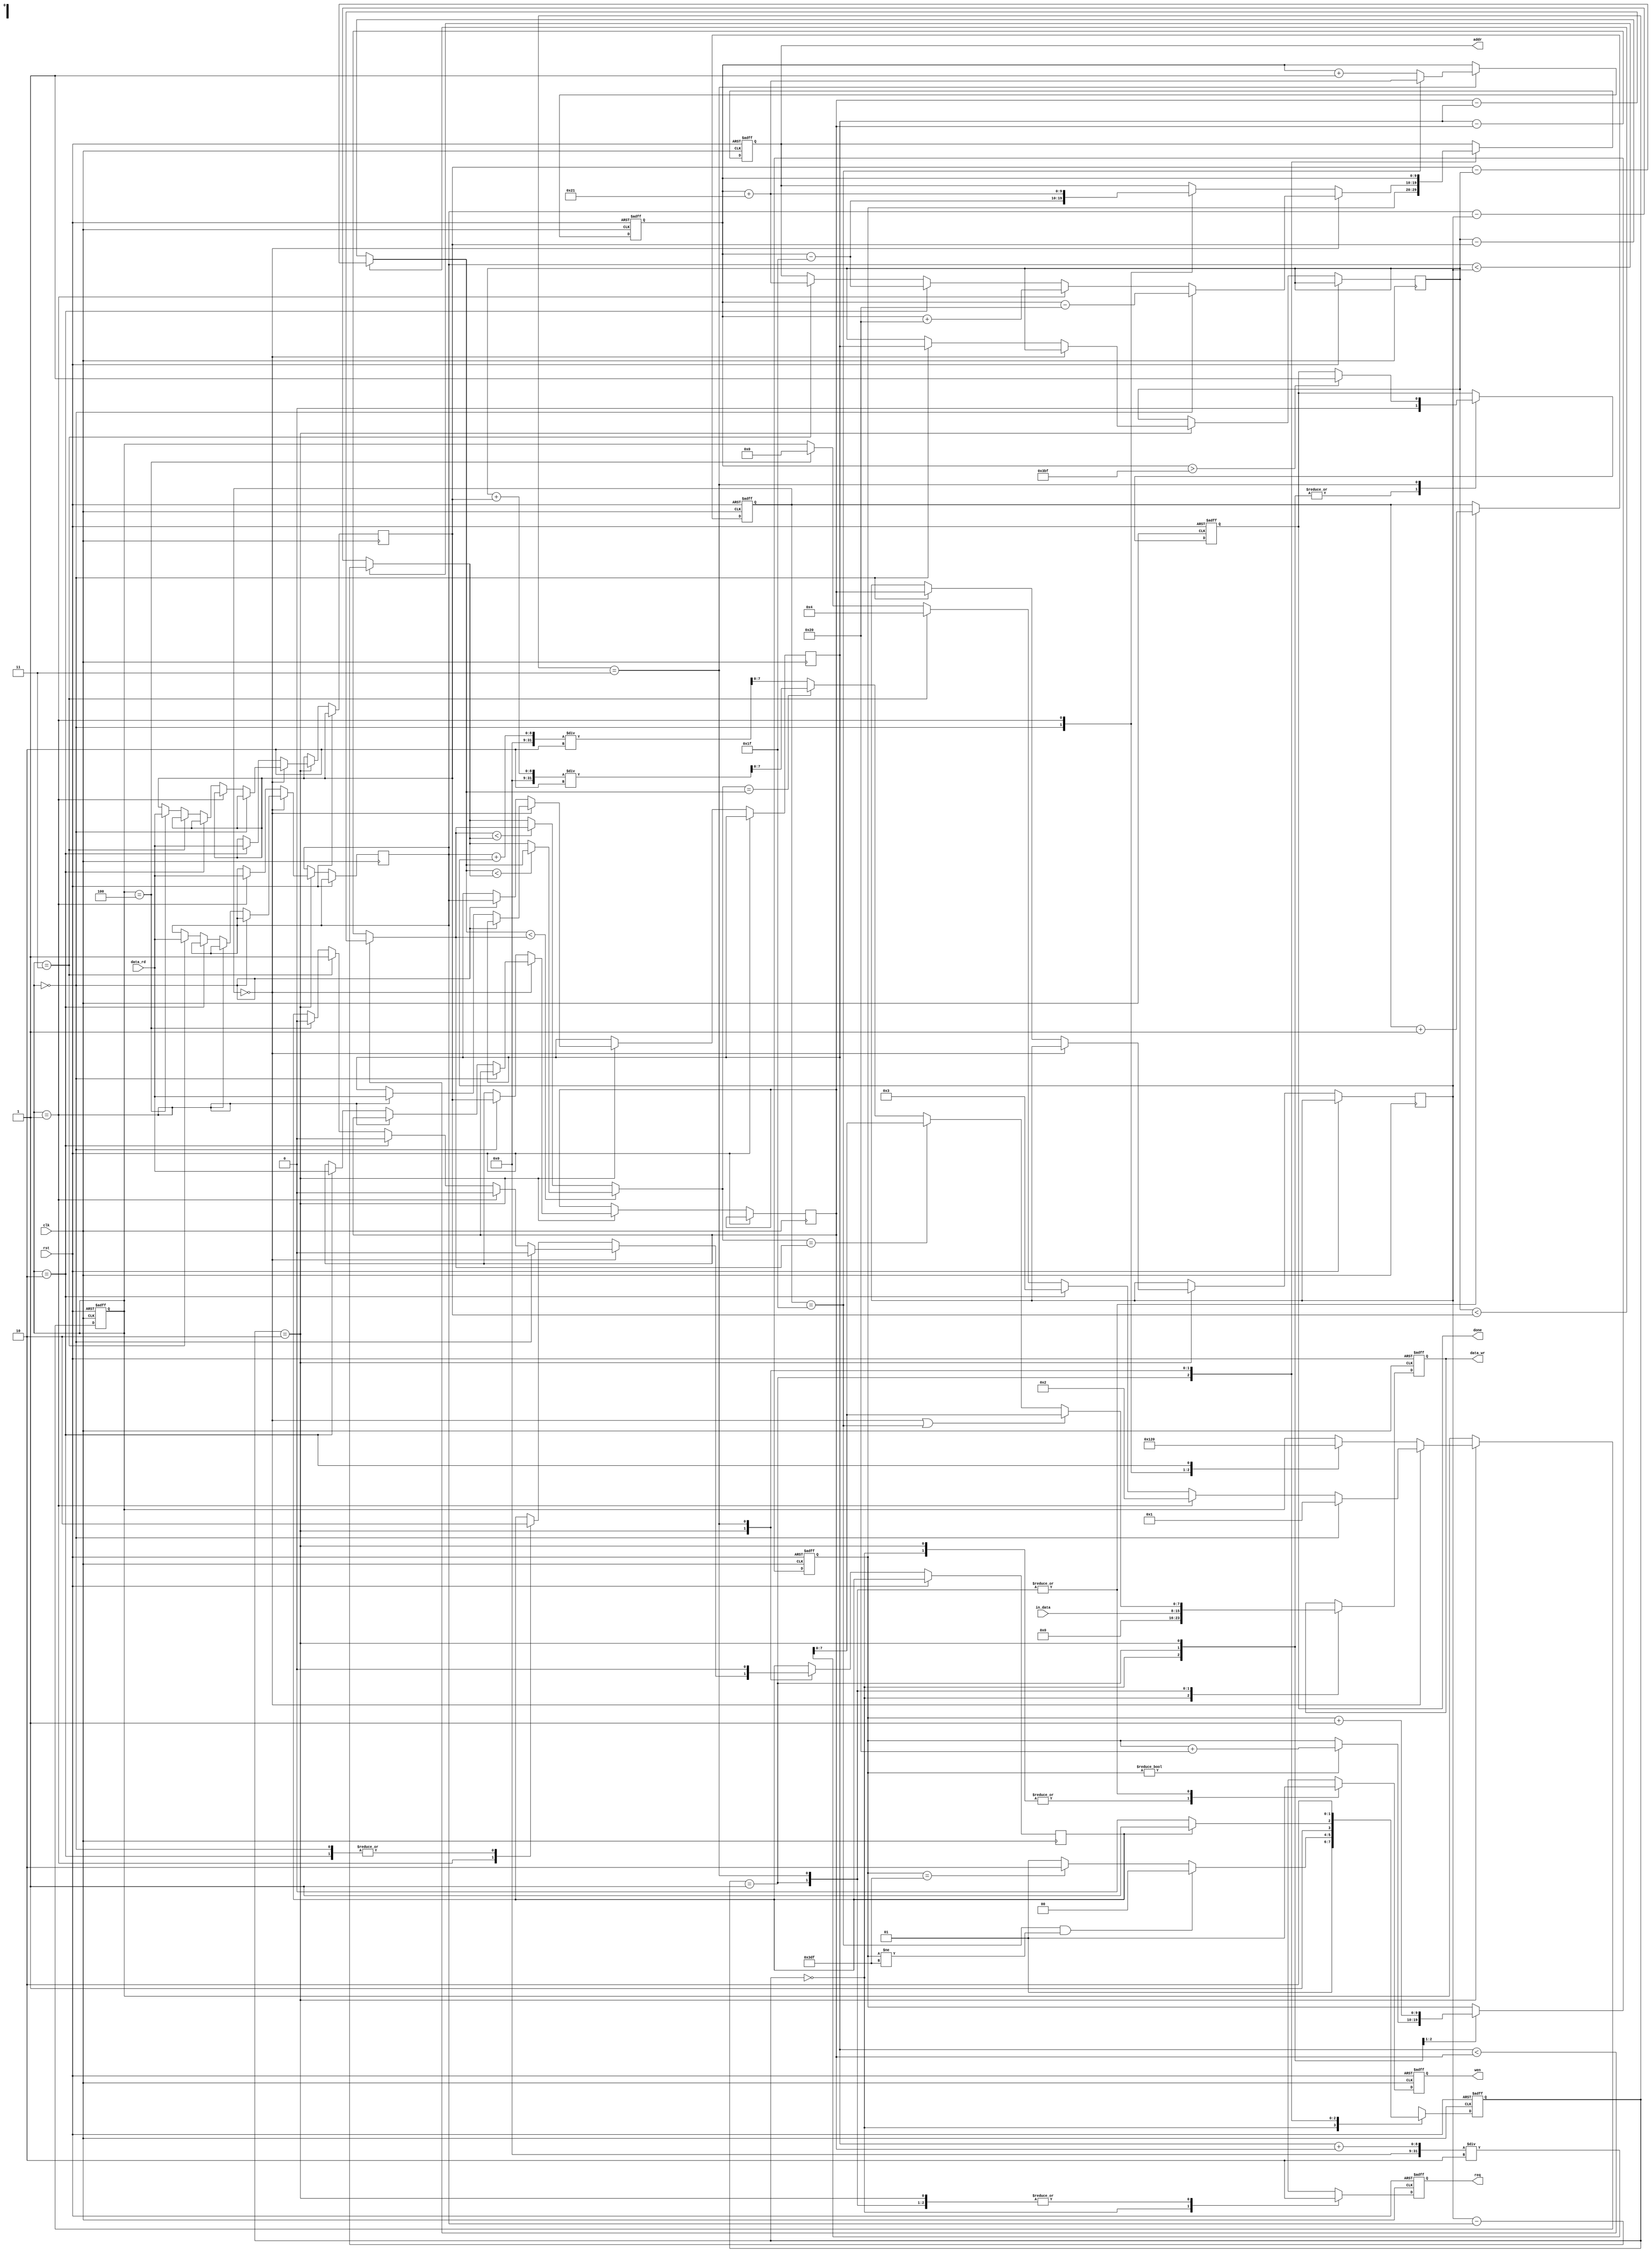
`timescale 1ns/10ps

module ELA(clk, rst, in_data, data_rd, req, wen, addr, data_wr, done);

	input				clk;
	input				rst;
	input		[7:0]	in_data;
	input		[7:0]	data_rd;
	output				req;
	output				wen;
	output		[9:0]	addr;
	output		[7:0]	data_wr;
	output				done;

	reg ready, req, wen, done;

	reg [3:0] save_num;
	reg [4:0] count;
	reg [7:0] data_wr, a, b, c, d, e, f, d1, d2, d3, min, result;
	reg [9:0] addr, addr_count, addr_read;
	reg [1:0] currentstate, nextstate;

	parameter [1:0] req_high = 0, save_data = 1, read_data = 2, output_data = 3;
	
	always @(posedge clk or posedge rst) begin
		if (rst) begin
			currentstate <= req_high;
		end
		else begin
			currentstate <= nextstate;
		end
	end
	always @(*) begin
		case(currentstate)
			req_high: begin
				nextstate = save_data;
			end
			save_data: begin
				if(count == 31 && addr_count != 991)
					nextstate = req_high;
				else if (addr_count == 991)
					nextstate = read_data;
				else
					nextstate = save_data;
			end
			read_data: begin
				if (ready==1) begin
					nextstate = output_data;
				end
				else
					nextstate = read_data;
			end
			output_data:begin
				nextstate = read_data;
			end
		endcase

	end

	always @(posedge clk or posedge rst) begin
		if (rst) begin
			req <= 1'b0;
			wen <= 1'b0;
			done <= 1'b0;
			addr <= 10'b0;
			count <= 4'b0;
			save_num <= 0;
			addr_count <= 10'b0;
			addr_read <= 10'd32;
			data_wr <= 8'b0;
		end
		else begin
			case(currentstate)
				req_high: begin
					req <= 1'b1;
					wen <= 1'b0;
					done <= 1'b0;
					data_wr <= 8'b0;
					if(addr_count!=0)
						addr_count <= addr_count + 32;
				end
				save_data: begin
					req <= 1'b0;
					wen <= 1'b1;
					done <= 1'b0;
					data_wr <= in_data;
					addr <= addr_count;
					addr_count <= addr_count + 1;
					count <= count + 1;
				end
				read_data: begin
					wen <= 1'b0;
					req <= 1'b0;
					done <= 1'b0;
					if(count == 0) begin
						if (save_num == 0) begin
							ready <= 0;
							save_num <= 1;
							addr <= addr_read - 32;
						end
						else if (save_num == 1) begin
							ready <= 0;
							b <= data_rd;
							save_num <= 2;
							addr <= addr_read + 32;
						end
						else if (save_num == 2) begin
							ready <= 0;
							e <= data_rd;
							save_num <=3;
							addr <= addr_read - 31;
						end
						else if (save_num == 3) begin
							ready <= 1;
							c <= data_rd;
							save_num <= 4;
							addr <= addr_read + 33;
						end
						else if (save_num == 4) begin
							ready <= 0;
							f <= data_rd;
							save_num <= 0;
						end
					end
					else begin
						case(save_num)
							0: begin
								a <= b;
								d <= e;
								b <= c;
								e <= f;
								ready <= 0;
								save_num <= 1;
								addr <= addr_read - 31;
							end
							1: begin
								ready <= 1;
								c <= data_rd;
								save_num <= 2;
								addr <= addr_read + 33;
							end
							2:begin
								ready <= 0;
								f <= data_rd;
								save_num <= 0;
							end
						endcase
					end
				end
				output_data: begin
					req <= 1'b0;
					wen <= 1'b1;
					ready <= 1'b0;
					addr <= addr_read;
					if (addr_read > 959) begin
						done <= 1'b1;
					end
					if (count==0 || count==31)
						data_wr <= (b+e)/2;
					else begin
						data_wr <= result;
					end
					if (count == 31) begin
						addr_read <= addr_read + 33;
					end
					else begin
						addr_read <= addr_read + 1;
					end
					count <= count + 1;
				end
		
			endcase
		end
	end
always@(*) begin
	d1 = (a < f) ? f - a : a - f;
	d2 = (b < e) ? e - b : b - e;
	d3 = (c < d) ? d - c : c - d;
	min = d1<d2 ? d1<d3 ? d1:d3 : d2<d3 ? d2:d3;
	result = min == d2 ? (b+e) / 2 : min == d1 ? (a+f) / 2 : (c+d) / 2;
end
endmodule